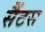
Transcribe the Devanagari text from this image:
सैंटस